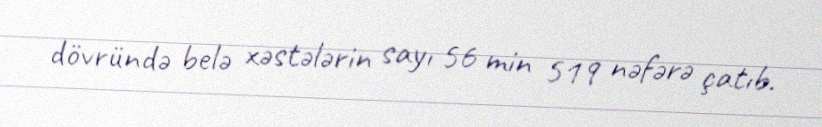
dövründə belə xəstələrin sayı 56 min 519 nəfərə çatıb.